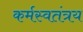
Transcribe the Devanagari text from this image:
कर्मस्वतंत्रय